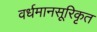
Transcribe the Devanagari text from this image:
वर्धमानसूरिकृत